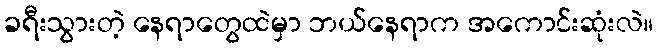
ခရီးသွားတဲ့ နေရာတွေထဲမှာ ဘယ်နေရာက အကောင်းဆုံးလဲ။